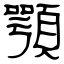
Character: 顎